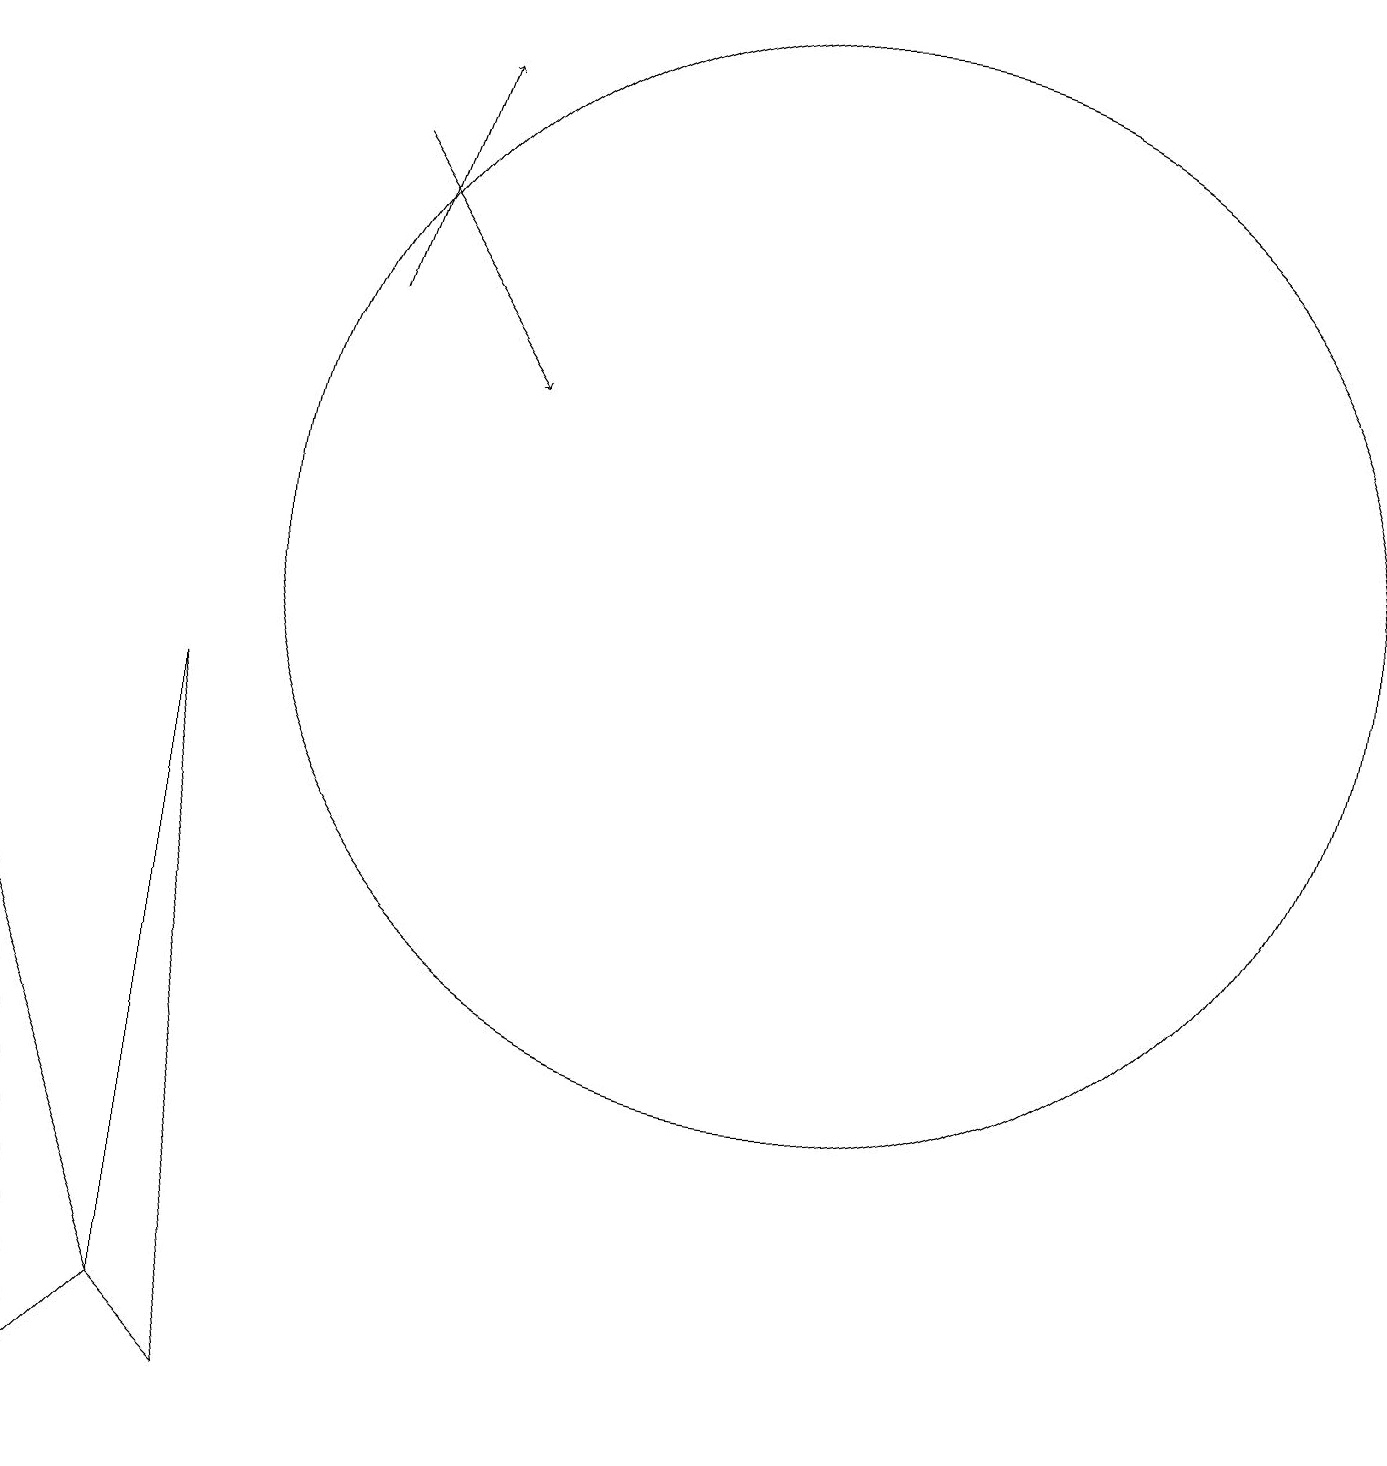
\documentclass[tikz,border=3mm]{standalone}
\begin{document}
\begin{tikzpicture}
\draw (3,0) -- (4,1) -- (2,6) -- cycle;
\draw (12,11) circle (7);
\draw (4,1) -- (5,0) -- (4,9) -- cycle;
\draw[->] (6,16) -- (8,13);
\draw[->] (6,14) -- (7,17);
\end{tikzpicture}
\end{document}